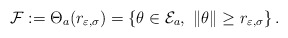
\begin{align*}\mathcal{F} := \Theta_a(r_{\varepsilon,\sigma}) = \left\lbrace \theta \in \mathcal{E}_a, \ \|\theta \| \geq r_{\varepsilon,\sigma} \right\rbrace.\end{align*}